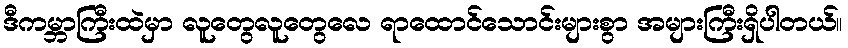
ဒီကမ္ဘာကြီးထဲမှာ လူတွေလူတွေလေ ရာထောင်သောင်းများစွာ အများကြီးရှိပါတယ်။